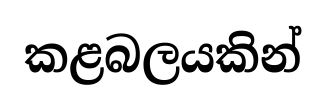
කළබලයකින්